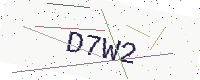
Text: D7W2